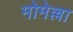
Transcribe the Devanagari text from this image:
मोमेल्ला